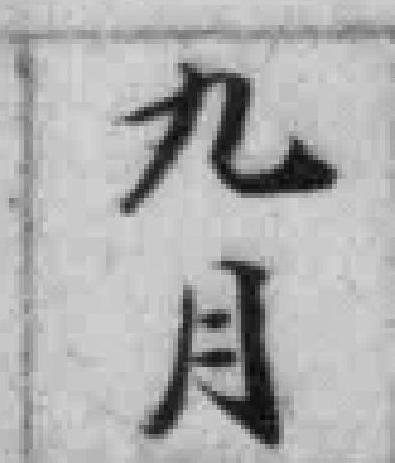
九月